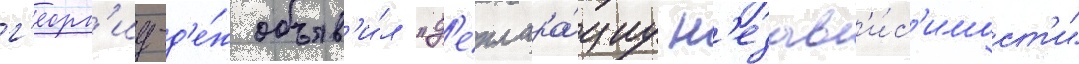
г'еорг'иу-д'е́ж объяв'и́л "д'еклара́циу н'езав'и́с'имост'и"